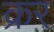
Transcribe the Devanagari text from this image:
क्रर